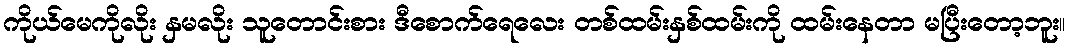
ကိုယ်မေကိုလိုး နှမလိုး သူတောင်းစား ဒီစောက်ရေလေး တစ်ထမ်းနှစ်ထမ်းကို ထမ်းနေတာ မပြီးတော့ဘူး။